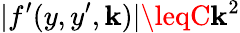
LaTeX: |f^{\prime}(y,y^{\prime},\mathbf{k})|\leqC\mathbf{k}^{2}